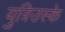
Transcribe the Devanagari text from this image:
युत्रिउस्के